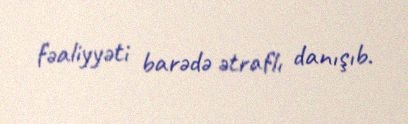
fəaliyyəti barədə ətraflı danışıb.